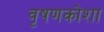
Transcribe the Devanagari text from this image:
वृषणकोशा